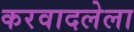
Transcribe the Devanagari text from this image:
करवादलेला